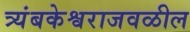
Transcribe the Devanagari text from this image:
त्र्यंबकेश्वराजवळील